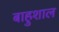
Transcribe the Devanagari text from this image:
बाहुशाल